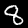
Digit: 8